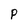
Character: P